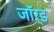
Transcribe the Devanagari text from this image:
जॉर्ड